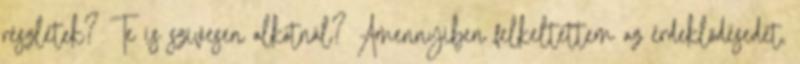
részletek? Te is szívesen alkotnál? Amennyiben felkeltettem az érdeklődésedet,